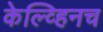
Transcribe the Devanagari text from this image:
केल्व्हिनच